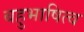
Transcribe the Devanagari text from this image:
बहुभाषित्व